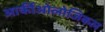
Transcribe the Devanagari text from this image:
आर्कीओलोजिकल